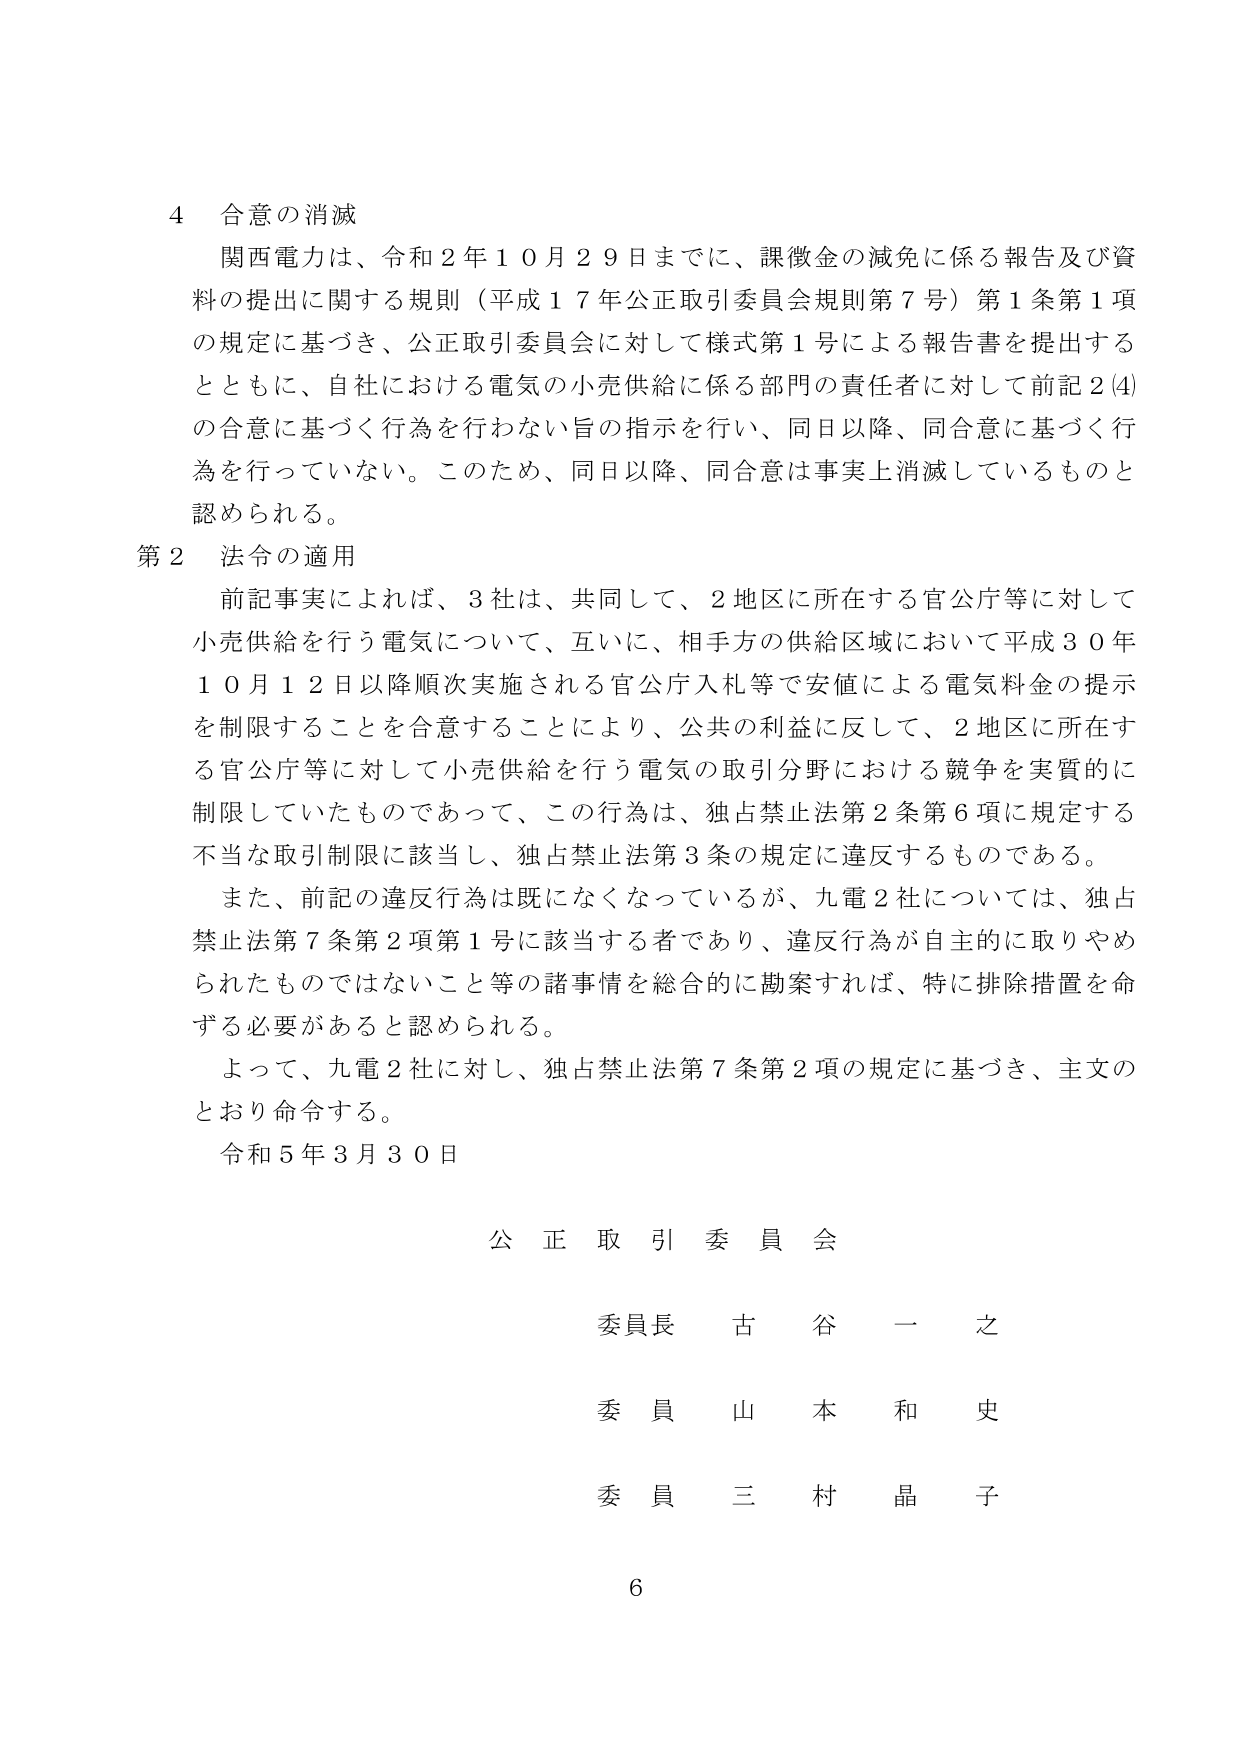
4 合意の消滅
関西電力は、令和２年１０月２９日までに、課徴金の減免に係る報告及び資料の提出に関する規則（平成１７年公正取引委員会規則第７号）第１条第１項の規定に基づき、公正取引委員会に対して様式第１号による報告書を提出するとともに、自社における電気の小売供給に係る部門の責任者に対して前記２(4)の合意に基づく行為を行わない旨の指示を行い、同日以降、同合意に基づく行為を行っていない。このため、同日以降、同合意は事実上消滅しているものと認められる。

第２ 法令の適用
前記事実によれば、３社は、共同して、２地区に所在する官公庁等に対して小売供給を行う電気について、互いに、相手方の供給区域において平成３０年１０月１２日以降順次実施される官公庁入札等で安値による電気料金の提示を制限することを合意することにより、公共の利益に反して、２地区に所在する官公庁等に対して小売供給を行う電気の取引分野における競争を実質的に制限していたものであって、この行為は、独占禁止法第２条第６項に規定する不当な取引制限に該当し、独占禁止法第３条の規定に違反するものである。
また、前記の違反行為は既になくなっているが、九電２社については、独占禁止法第７条第２項第１号に該当する者であり、違反行為が自主的に取りやめられたものではないこと等の諸事情を総合的に勘案すれば、特に排除措置を命ずる必要があると認められる。
よって、九電２社に対し、独占禁止法第７条第２項の規定に基づき、主文のとおり命令する。

令和５年３月３０日

公正取引委員会

委員長 古谷一之
委員 山本和史
委員 三村晶子

6